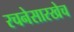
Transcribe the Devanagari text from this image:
रचनेसारखेच